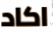
اكاد